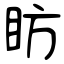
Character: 眆